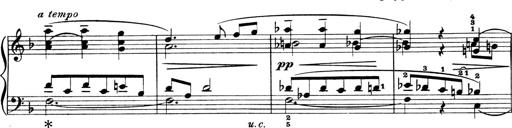
Title: 4 Sonatines
Composer: Max Reger